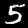
Digit: 5